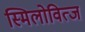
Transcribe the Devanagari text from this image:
स्मिलोवित्ज